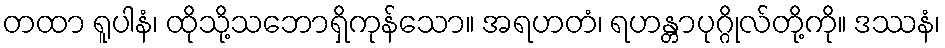
တထာ ရူပါနံ၊ ထိုသို့သဘောရှိကုန်သော။ အရဟတံ၊ ရဟန္တာပုဂ္ဂိုလ်တို့ကို။ ဒဿနံ၊